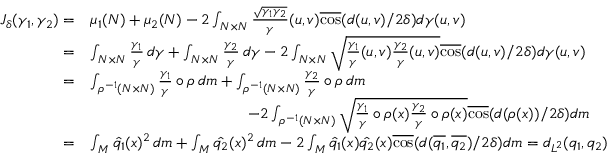
\begin{array} { r l } { J _ { \delta } ( \gamma _ { 1 } , \gamma _ { 2 } ) = } & { \mu _ { 1 } ( N ) + \mu _ { 2 } ( N ) - 2 \int _ { N \times N } \frac { \sqrt { \gamma _ { 1 } \gamma _ { 2 } } } { \gamma } ( u , v ) \overline { { \cos } } ( d ( u , v ) / 2 \delta ) d \gamma ( u , v ) } \\ { = } & { \int _ { N \times N } \frac { \gamma _ { 1 } } { \gamma } \, d \gamma + \int _ { N \times N } \frac { \gamma _ { 2 } } { \gamma } \, d \gamma - 2 \int _ { N \times N } \sqrt { \frac { \gamma _ { 1 } } { \gamma } ( u , v ) \frac { \gamma _ { 2 } } { \gamma } ( u , v ) } \overline { { \cos } } ( d ( u , v ) / 2 \delta ) d \gamma ( u , v ) } \\ { = } & { \int _ { \rho ^ { - 1 } ( N \times N ) } \frac { \gamma _ { 1 } } { \gamma } \circ \rho \, d m + \int _ { \rho ^ { - 1 } ( N \times N ) } \frac { \gamma _ { 2 } } { \gamma } \circ \rho \, d m } \\ & { \qquad \qquad \qquad \qquad \qquad - 2 \int _ { \rho ^ { - 1 } ( N \times N ) } \sqrt { \frac { \gamma _ { 1 } } { \gamma } \circ \rho ( x ) \frac { \gamma _ { 2 } } { \gamma } \circ \rho ( x ) } \overline { { \cos } } ( d ( \rho ( x ) ) / 2 \delta ) d m } \\ { = } & { \int _ { M } \hat { q _ { 1 } } ( x ) ^ { 2 } \, d m + \int _ { M } \hat { q _ { 2 } } ( x ) ^ { 2 } \, d m - 2 \int _ { M } \hat { q _ { 1 } } ( x ) \hat { q _ { 2 } } ( x ) \overline { { \cos } } ( d ( \overline { { q _ { 1 } } } , \overline { { q _ { 2 } } } ) / 2 \delta ) d m = d _ { L ^ { 2 } } ( q _ { 1 } , q _ { 2 } ) } \end{array}